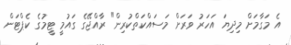
އެ މަގާމަށް މިދިޔަ އަހަރު ވަރަށް މަސައްކަތްކުރިން" ރާއްޖޭގެ ގައުމީ ޓީމުގެ ކެޕްޓަން